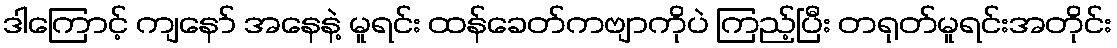
ဒါကြောင့် ကျနော် အနေနဲ့ မူရင်း ထန်ခေတ်ကဗျာကိုပဲ ကြည့်ပြီး တရုတ်မူရင်းအတိုင်း